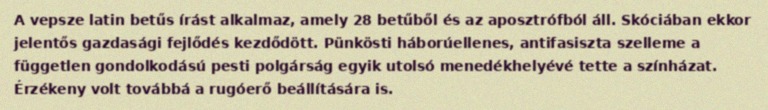
A vepsze latin betűs írást alkalmaz, amely 28 betűből és az aposztrófból áll. Skóciában ekkor jelentős gazdasági fejlődés kezdődött. Pünkösti háborúellenes, antifasiszta szelleme a független gondolkodású pesti polgárság egyik utolsó menedékhelyévé tette a színházat. Érzékeny volt továbbá a rugóerő beállítására is.